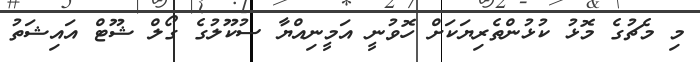
މި މެޗުގެ މޮޅު ކުޅުންތެރިޔަކަށް ހޮވުނީ އަމީނިއްޔާ ސުކޫލުގެ ގޯލް ޝޫޓް އައިޝަތު